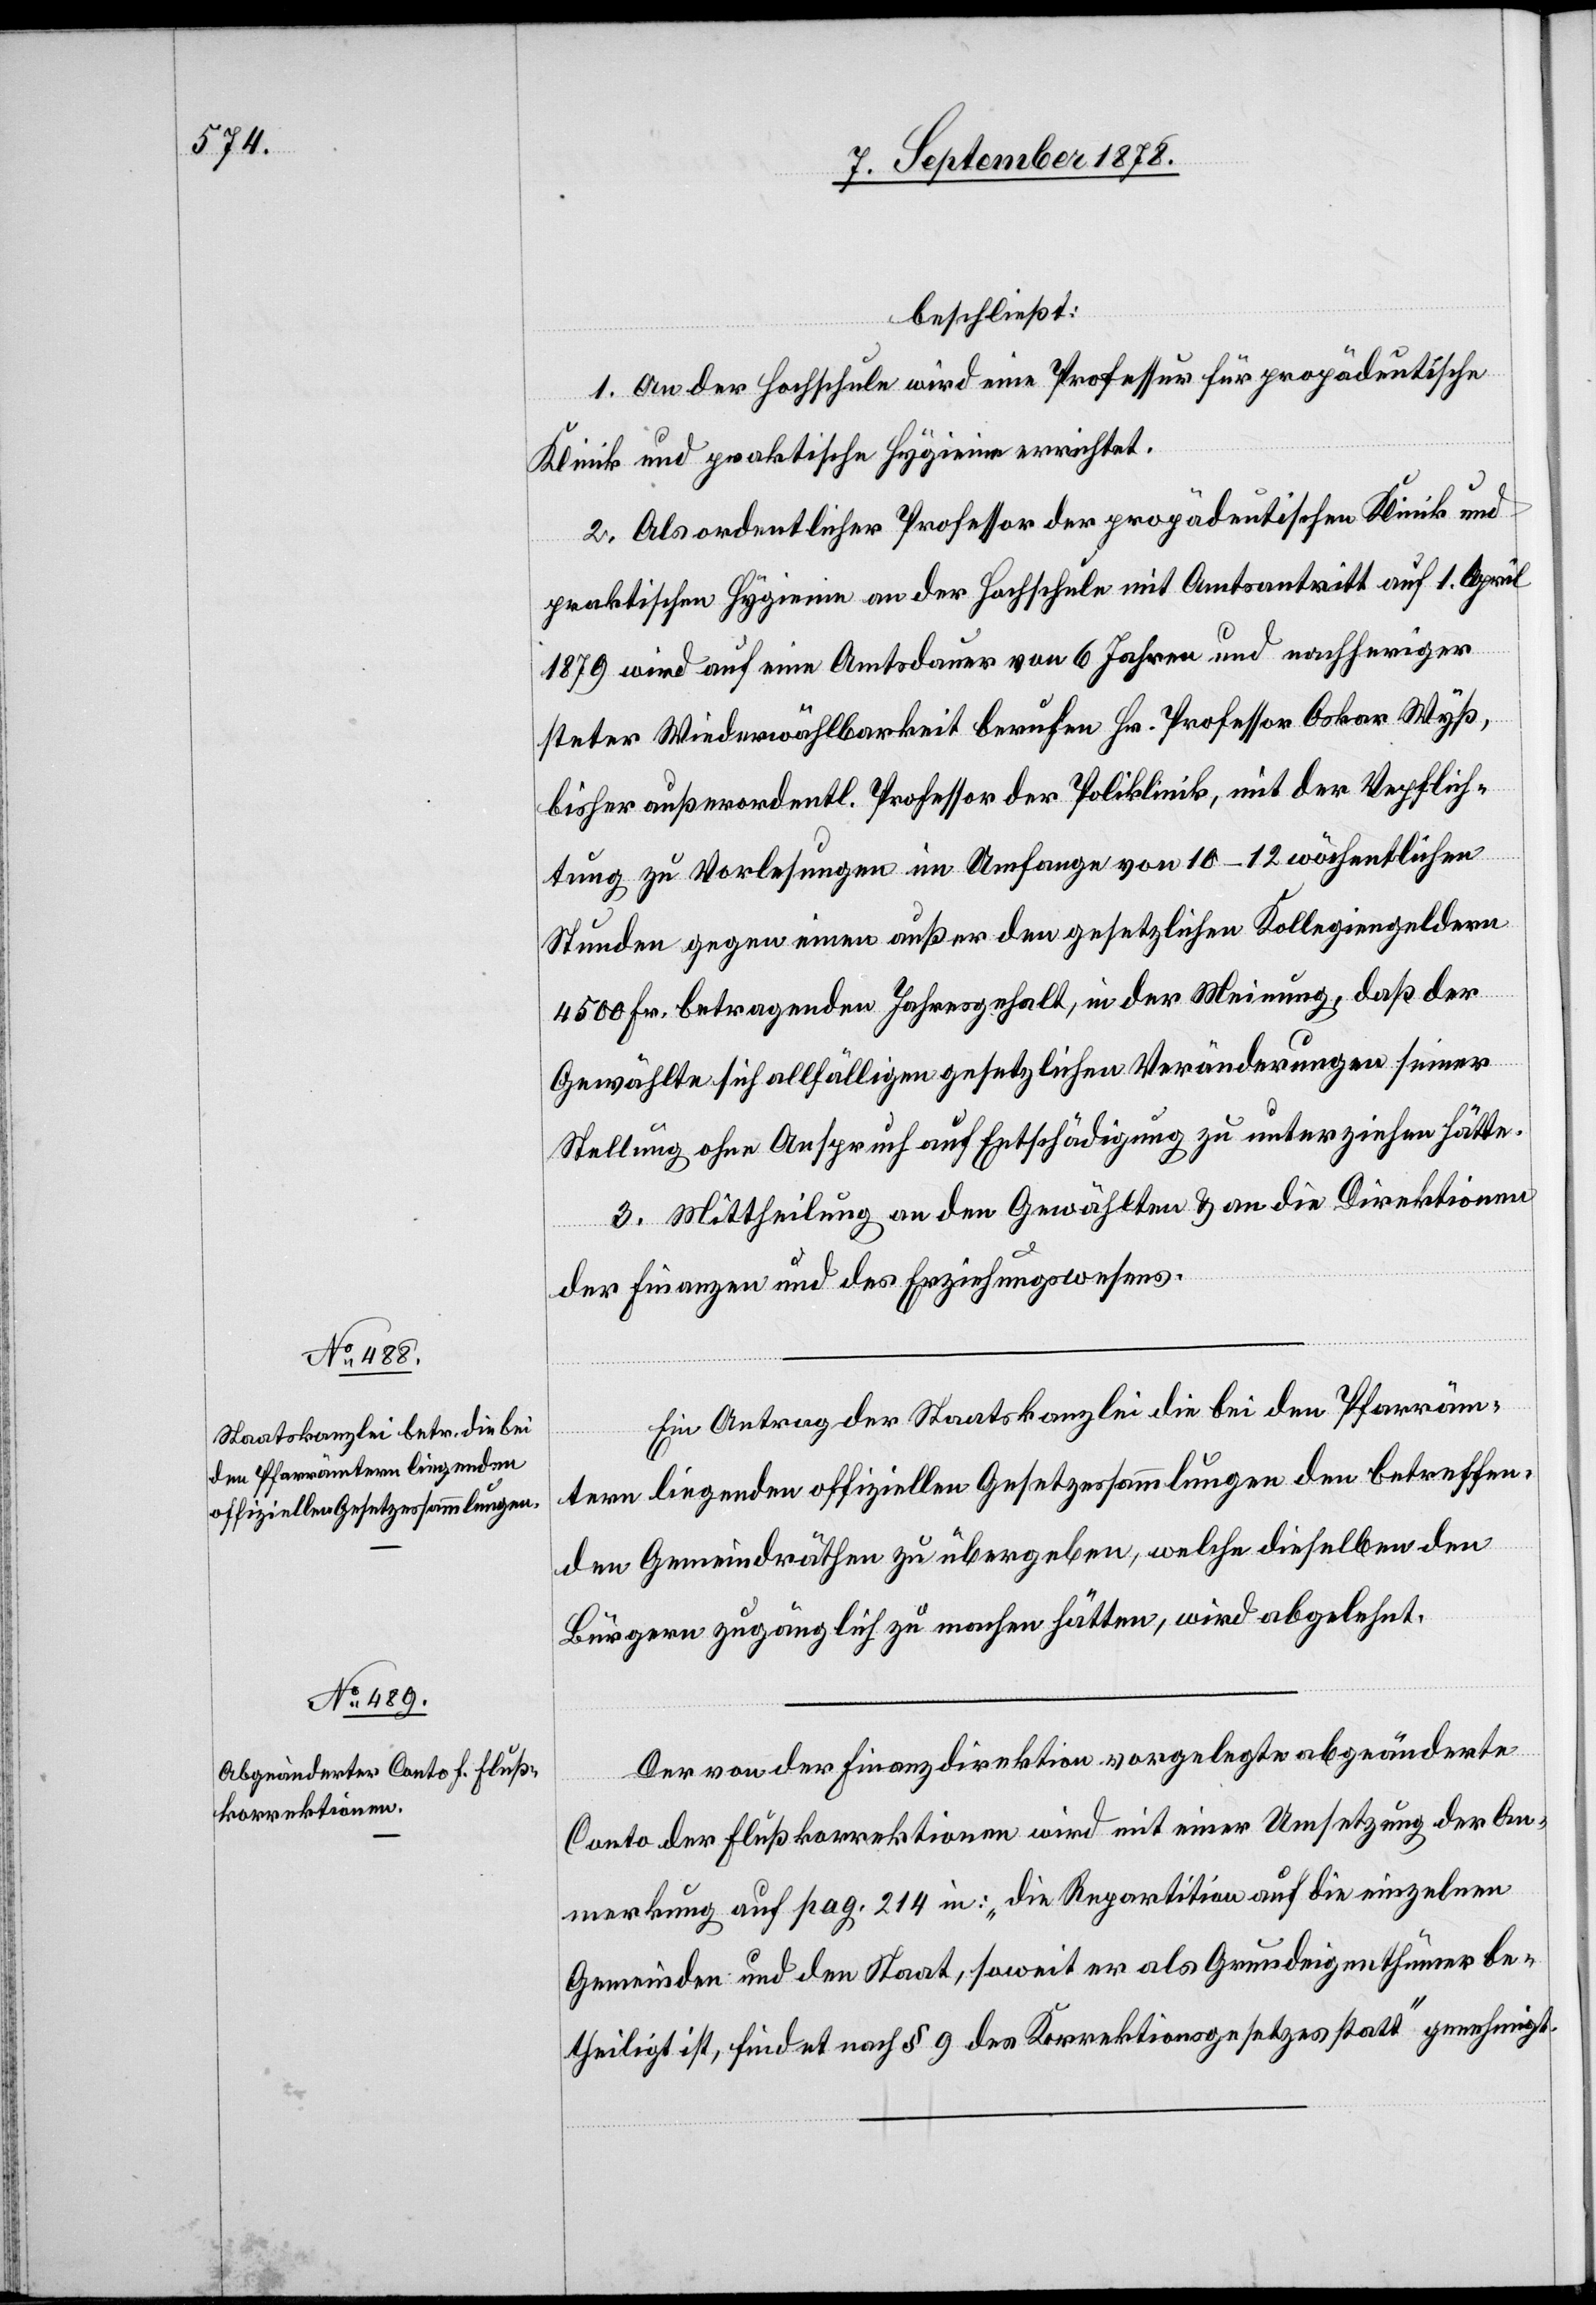
beschließt:
1. An der Hochschule wird eine Professur für propädeutische
Klinik und praktische Hygieine errichtet.
2. Als ordentlicher Professor der propädeutischen Klinik und
praktischen Hygieine an der Hochschule mit Amtsantritt auf 1. April
1879 wird auf eine Amtsdauer von 6 Jahren und nachheriger
steter Wiederwählbarkeit berufen Hr. Professor Oskar Wyß,
bisher außerordentl. Professor der Poliklinik, mit der Verpflich¬
tung zu Vorlesungen im Umfange von 10–12 wöchentlichen
Stunden gegen einen außer den gesetzlichen Kollegiengeldern
4500 Fr. betragenden Jahresgehalt, in der Meinung, daß der
Gewählte sich allfälligen gesetzlichen Veränderungen seiner
Stellung ohne Anspruch auf Entschädigung zu unterziehen hätte.
3. Mittheilung an den Gewählten & an die Direktionen
der Finanzen und des Erziehungswesens.
Ein Antrag der Staatskanzlei die bei den Pfarräm¬
tern liegenden offiziellen Gesetzessammlungen den betreffen¬
den Gemeindräthen zu übergeben, welche dieselben den
Bürgern zugänglich zu machen hätten, wird abgelehnt.
Der von der Finanzdirektion vorgelegte abgeänderte
Conto der Flußkorrektionen wird mit einer Umsetzung der An¬
merkung auf pag. 214 in: „die Repartition auf die einzelnen
Gemeinden und den Staat, soweit er als Grundeigenthümer be¬
theiligt ist, findet nach § 9 des Korrektionsgesetzes statt“ genehmigt.